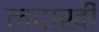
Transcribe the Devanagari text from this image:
लदाखी